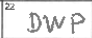
Transcription: DWP